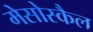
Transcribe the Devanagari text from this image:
मेसोस्कैल